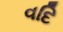
વદિ